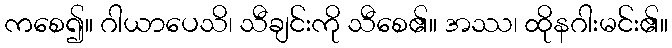
ကစေ၍။ ဂါယာပေသိ၊ သီချင်းကို သီစေ၏။ အဿ၊ ထိုနဂါးမင်း၏။